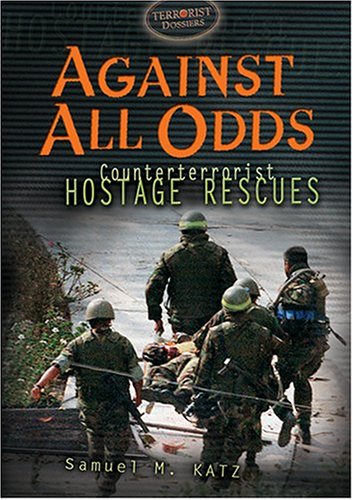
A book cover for Against All Odds: Counterterrorist Hostage Rescues (Terrorist Dossiers); Samuel M. Katz; Teen & Young Adult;